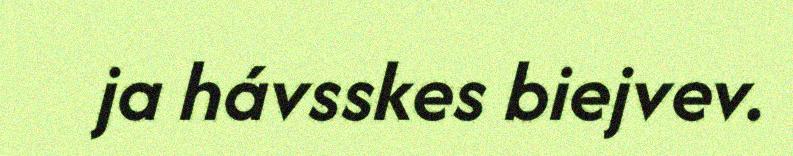
ja hávsskes biejvev.